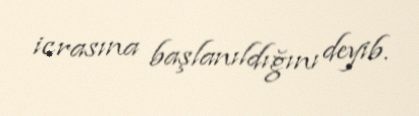
icrasına başlanıldığını deyib.